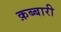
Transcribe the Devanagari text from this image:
क़ब्बारी